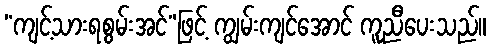
“ကျင့်သားရစွမ်းအင်”ဖြင့် ကျွမ်းကျင်အောင် ကူညီပေးသည်။